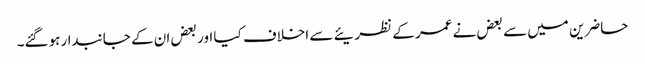
حاضرین میں سے بعض نے عمر کے نظریئے سے اخلاف کیا اور بعض ان کے جانبدار ہوگئے۔